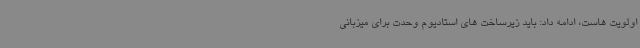
اولویت هاست، ادامه داد: باید زیرساخت های استادیوم وحدت برای میزبانی